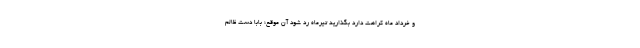
و خرداد ماه کراهت دارد بگذارید تیرماه رد شود آن موقع؛ بابا دست ظالم